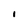
Character: l